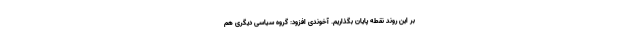
بر این روند نقطه پایان بگذاریم. آخوندی افزود: گروه سیاسی دیگری هم